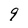
Character: 9